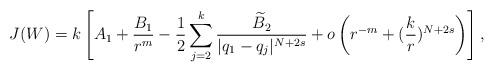
LaTeX: \begin{align*}J(W)=k\left[A_1 + \frac{B_1}{r^m}- \frac12\sum_{j=2}^k \frac{\widetilde{B}_2}{|q_1-q_j|^{N+2s}} + o\left( r^{-m} + (\frac{k}{r})^{N+2s} \right)\right],\end{align*}